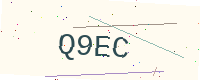
Text: Q9EC